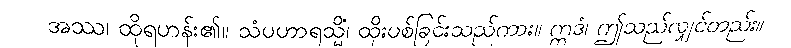
အဿ၊ ထိုရဟန်း၏။ သံပဟာရသ္မိံ၊ ထိုးပစ်ခြင်းသည်ကား။ ဣဒံ၊ ဤသည်လျှင်တည်း။